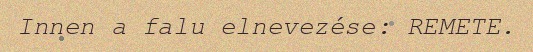
Innen a falu elnevezése: REMETE.